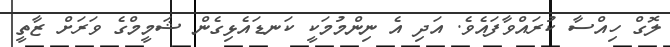
ލޮގް ހިއްސާ ކުރައްވާފައެވެ. އަދި އެ ނިންމުމަކީ ކަނޑައެޅިގެން ޝަމީމްގެ ވަރަށް ޒާތީ